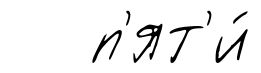
п'ят'и́